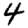
Digit: 4